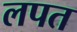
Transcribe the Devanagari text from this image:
लपत